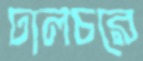
ঢালচরে